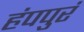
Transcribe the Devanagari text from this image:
हंपपुरं